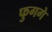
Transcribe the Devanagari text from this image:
फुगगे